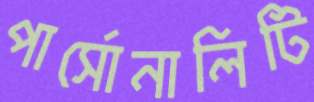
পার্সোনালিটি